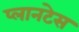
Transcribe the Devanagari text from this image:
प्लानटेस